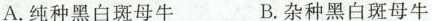
A.纯种黑白斑母牛 B.杂种黑白斑母牛